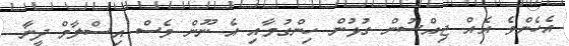
އެހެންވެ އެއް ޖިއްސުން ގުޅުން ހިންގުމާއި އެ ނޫން ވެސް އިސްލާމް ދީނާ